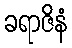
ခရာဇိနံ